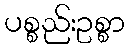
ပစ္စည်းဥစ္စာ